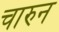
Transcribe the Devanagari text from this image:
चारुन